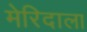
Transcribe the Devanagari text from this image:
मेरिदाला